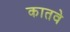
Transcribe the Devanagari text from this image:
कातवे